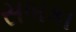
સબકા